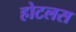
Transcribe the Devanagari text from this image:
होटलस